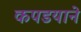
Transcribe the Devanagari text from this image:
कपडयाने